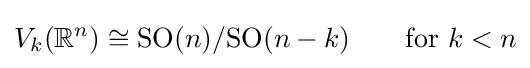
V_{k}(\mathbb {R} ^{n})\cong {\mbox{SO}}(n)/{\mbox{SO}}(n-k)\qquad {\mbox{for }}k<n